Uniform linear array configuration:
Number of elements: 16
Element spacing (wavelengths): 0.25
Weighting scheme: hamming
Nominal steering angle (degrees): -15
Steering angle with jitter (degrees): -15.232
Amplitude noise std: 0.05
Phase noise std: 0.05

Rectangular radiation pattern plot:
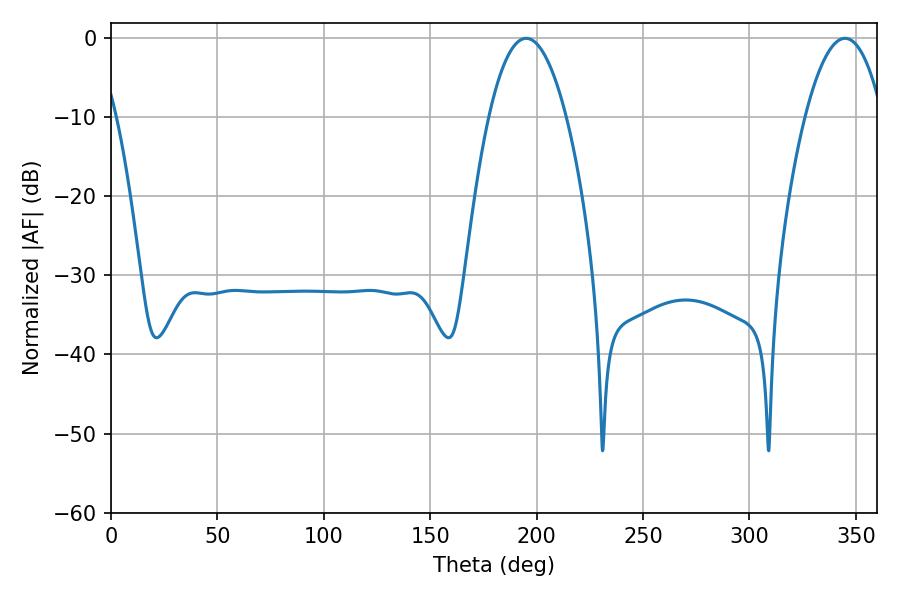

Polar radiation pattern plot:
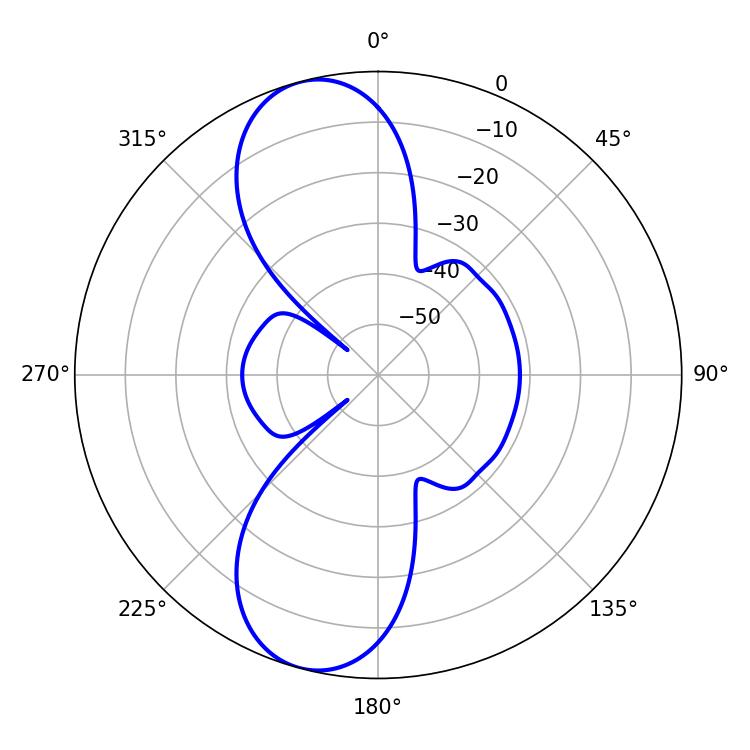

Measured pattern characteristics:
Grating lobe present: FALSE
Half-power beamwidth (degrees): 20.16
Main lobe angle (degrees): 195.12